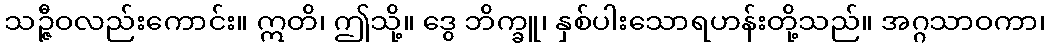
သဉ္ဇီဝလည်းကောင်း။ ဣတိ၊ ဤသို့။ ဒွေ ဘိက္ခူ၊ နှစ်ပါးသောရဟန်းတို့သည်။ အဂ္ဂသာဝကာ၊